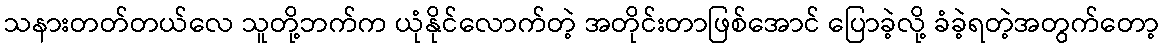
သနားတတ်တယ်လေ သူတို့ဘက်က ယုံနိုင်လောက်တဲ့ အတိုင်းတာဖြစ်အောင် ပြောခဲ့လို့ ခံခဲ့ရတဲ့အတွက်တော့